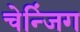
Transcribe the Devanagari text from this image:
चेन्जिंग